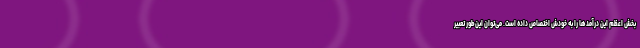
بخش اعظم این درآمدها را به خودش اختصاص داده است. می‌توان این‌طور تعبیر